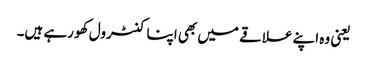
یعنی وہ اپنے علاقے میں بھی اپنا کنٹرول کھو رہے ہیں۔